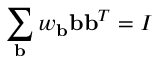
\sum _ { \mathbf { b } } w _ { \mathbf { b } } \mathbf { b } \mathbf { b } ^ { T } = I